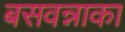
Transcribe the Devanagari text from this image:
बसवन्नाका